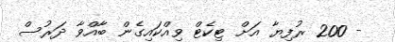
- 200 ރުފިޔާ އަށް ޓިކެޓް ވިއްކައިގެން ބާއްވާ ދަރުސް